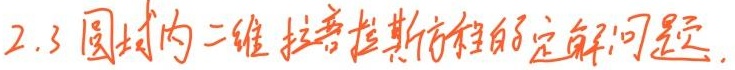
2.3 圆域内二维拉普拉斯方程的定解问题.